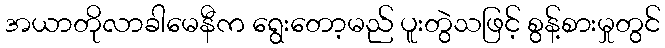
အယာတိုလာခါမေနီက ရွေးတော့မည် ပူးတွဲသဖြင့် စွန့်စားမှုတွင်